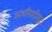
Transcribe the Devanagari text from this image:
स्पर्धांसाठीसुद्धा